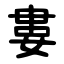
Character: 婁